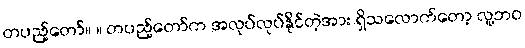
တပည့်တော်။ ။ တပည့်တော်က အလုပ်လုပ်နိုင်တဲ့အား ရှိသလောက်တော့ လူ့ဘဝ